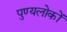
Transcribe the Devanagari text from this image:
पुण्यलोकों